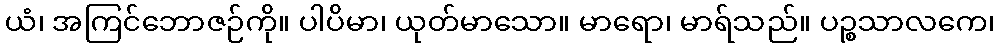
ယံ၊ အကြင်ဘောဇဉ်ကို။ ပါပိမာ၊ ယုတ်မာသော။ မာရော၊ မာရ်သည်။ ပဉ္စသာလကေ၊